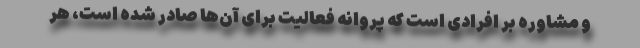
و مشاوره بر افرادی است که پروانه فعالیت برای آن‌ها صادر شده است، هر